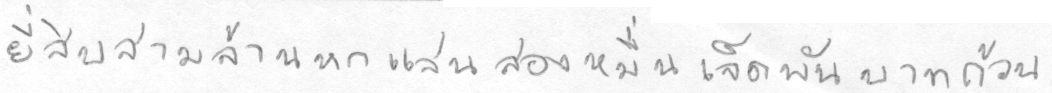
ยี่สิบสามล้านหกแสนสองหมื่นเจ็ดพันบาทถ้วน